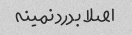
اصلا بدرد نمینه